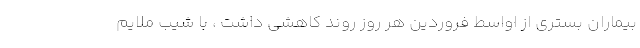
بیماران بستری از اواسط فروردین هر روز روند کاهشی داشت ، با شیب ملایم